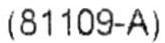
(81109-A)